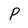
Character: P